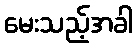
မေးသည့်အခါ